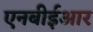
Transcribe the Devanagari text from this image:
एनबीईआर